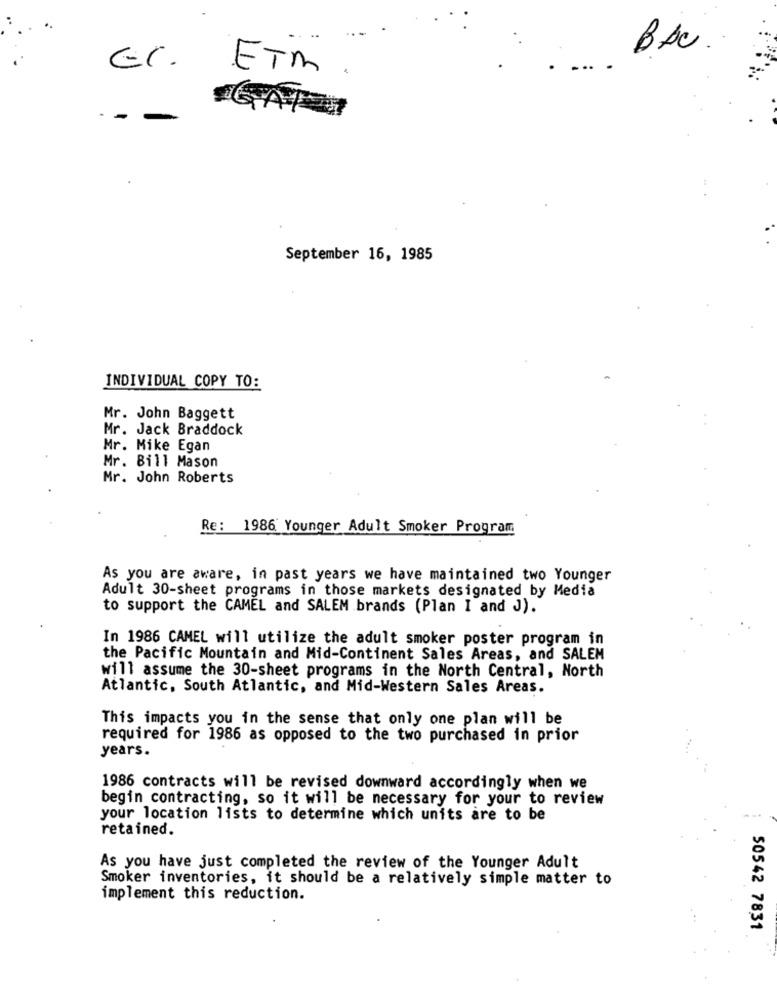
BAC.
Er. ETM
...
- -
September 16, 1985
INDIVIDUAL COPY TO:
Mr. John Baggett
Mr. Jack Braddock
Mr. Mike Egan
Mr. Bill Mason
Mr. John Roberts
Re: 1986 Younger Adult Smoker Program
As you are aware, in past years we have maintained two Younger
Adult 30-sheet programs in those markets designated by Media
to support the CAMEL and SALEM brands (Plan I and J).
In 1986 CAMEL will utilize the adult smoker poster program in
the Pacific Mountain and Mid-Continent Sales Areas, and SALEM
will assume the 30-sheet programs in the North Central, North
Atlantic, South Atlantic, and Mid-Western Sales Areas.
This impacts you in the sense that only one plan will be
required for 1986 as opposed to the two purchased in prior
years.
1986 contracts will be revised downward accordingly when we
begin contracting, so it will be necessary for your to review
your location lists to determine which units are to be
retained.
As you have just completed the review of the Younger Adult
Smoker inventories, it should be a relatively simple matter to
implement this reduction.
50542 7831